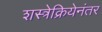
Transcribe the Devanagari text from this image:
शस्त्रेक्रियेनंतर